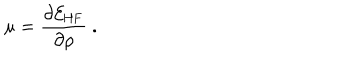
LaTeX: \mu = \frac { \partial { \cal E } _ { \mathrm { H F } } } { \partial \rho } \ .